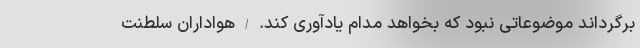
برگرداند موضوعاتی نبود که بخواهد مدام یادآوری کند. / هواداران سلطنت